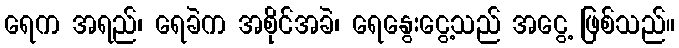
ရေက အရည်၊ ရေခဲက အစိုင်အခဲ၊ ရေနွေးငွေ့သည် အငွေ့ ဖြစ်သည်။